Indian journal of veterinary science and animal husbandry - Volume 3,
Year: 1933
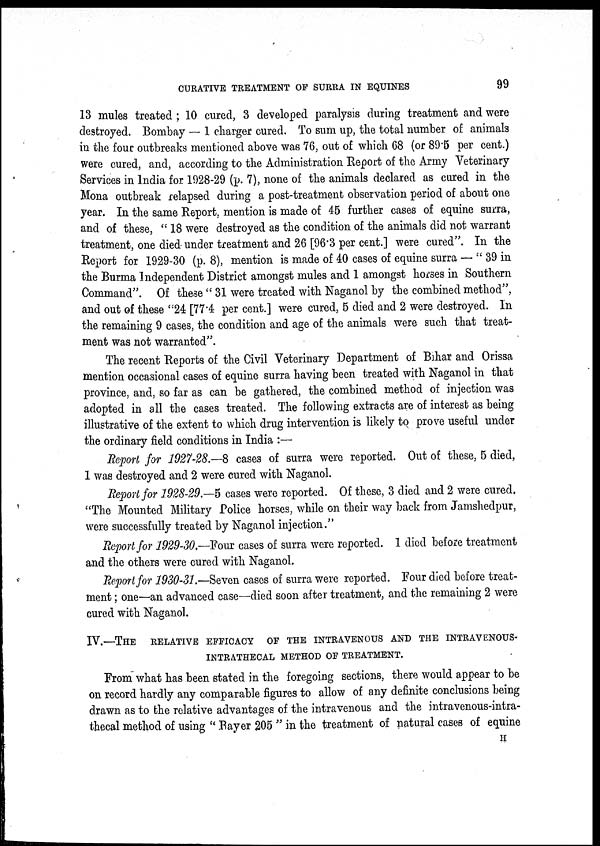
CURATIVE TREATMENT OF SURRA IN EQUINES
99
13 mules treated ; 10 cured, 3 developed paralysis during treatment and were
destroyed. Bombay — 1 charger cured. To sum up, the total number of animals
in the four outbreaks mentioned above was 76, out of which 68 (or 89.5 per cent.)
were cured, and, according to the Administration Report of the Army Veterinary
Services in India for 1928-29 (p. 7), none of the animals declared as cured in the
Mona outbreak relapsed during a post-treatment observation period of about one
year. In the same Report, mention is made of 45 further cases of equine surra,
and of these, " 18 were destroyed as the condition of the animals did not warrant
treatment, one died under treatment and 26 [96.3 per cent.] were cured". In the
Report for 1929-30 (p. 8), mention is made of 40 cases of equine surra — " 39 in
the Burma Independent District amongst mules and 1 amongst horses in Southern
Command". Of these " 31 were treated with Naganol by the combined method",
and out of these ''24 [77.4 per cent.] were cured, 5 died and 2 were destroyed. In
the remaining 9 cases, the condition and age of the animals were such that treat-
ment was not warranted".
The recent Reports of the Civil Veterinary Department of Bihar and Orissa
mention occasional cases of equine surra having been treated with Naganol in that
province, and, so far as can be gathered, the combined method of injection was
adopted in all the cases treated. The following extracts are of interest as being
illustrative of the extent to which drug intervention is likely to prove useful under
the ordinary field conditions in India :—
Report for 1927-28.—8 cases of surra were reported. Out of these, 5 died,
1 was destroyed and 2 were cured with Naganol.
Report for 1928-29.—5 cases were reported. Of these, 3 died and 2 were cured.
"The Mounted Military Police horses, while on their way back from Jamshedpur,
were successfully treated by Naganol injection."
Report for 1929-30.—Four cases of surra were reported. I died before treatment
and the others were cured with Naganol.
Report for 1930-31.—Seven cases of surra were reported. Four died before treat-
ment ; one—an advanced case—died soon after treatment, and the remaining 2 were
cured with Naganol.
IV.—THE RELATIVE EFFICACY OF THE INTRAVENOUS AND THE INTRAVENOUS-
INTRATHECAL METHOD OF TREATMENT.
From what has been stated in the foregoing sections, there would appear to be
on record hardly any comparable figures to allow of any definite conclusions being
drawn as to the relative advantages of the intravenous and the intravenous-intra¬
thecal method of using " Bayer 205 " in the treatment of natural cases of equine
H